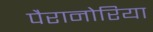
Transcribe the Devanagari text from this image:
पैरानोरिया